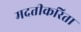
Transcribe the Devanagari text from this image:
मदतीकरिता